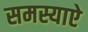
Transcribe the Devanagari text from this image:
समस्याऐ